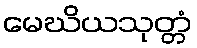
မေဃိယသုတ္တံ